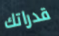
قدراتك